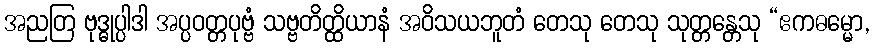
အညတြ ဗုဒ္ဓုပ္ပါဒါ အပ္ပဝတ္တပုဗ္ဗံ သဗ္ဗတိတ္ထိယာနံ အဝိသယဘူတံ တေသု တေသု သုတ္တန္တေသု “ဧကဓမ္မော,